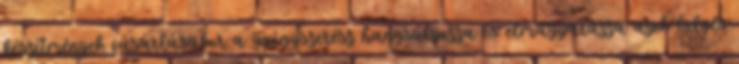
készítmények vásárlásakor a gyógyszerész hangsúlyozza és elmagyarázza azok helyes